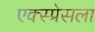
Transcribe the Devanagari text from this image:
एक्स्प्रेसला